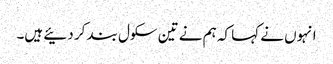
انہوں نے کہا کہ ہم نے تین سکول بند کر دئیے ہیں۔